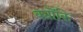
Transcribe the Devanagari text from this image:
क्यॊंकि